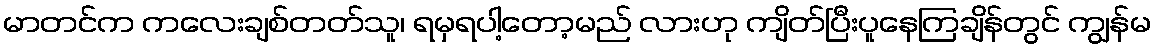
မာတင်က ကလေးချစ်တတ်သူ၊ ရမှရပါ့တော့မည် လားဟု ကျိတ်ပြီးပူနေကြချိန်တွင် ကျွန်မ